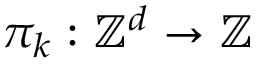
\pi _ { k } : \mathbb { Z } ^ { d } \to \mathbb { Z }